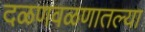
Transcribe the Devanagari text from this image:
दळणवळणातल्या